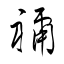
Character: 禰